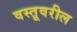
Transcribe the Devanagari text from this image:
वस्तूवरील